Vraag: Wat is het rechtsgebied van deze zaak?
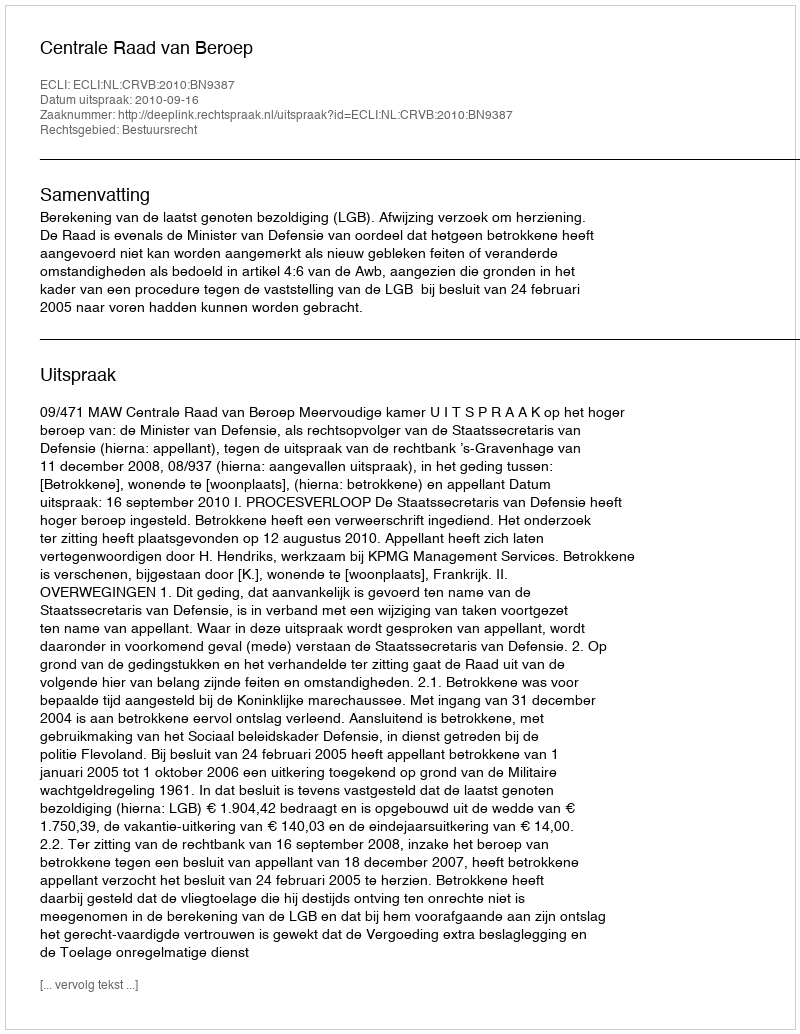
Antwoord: Bestuursrecht